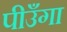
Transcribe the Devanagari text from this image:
पीउँगा